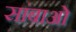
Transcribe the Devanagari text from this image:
सांबाओं